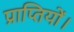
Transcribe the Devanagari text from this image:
प्राप्तियों।